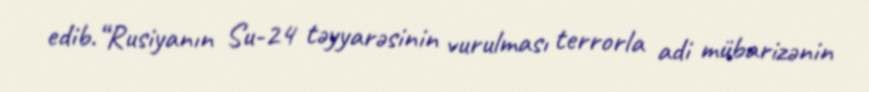
edib.“Rusiyanın Su-24 təyyarəsinin vurulması terrorla adi mübarizənin